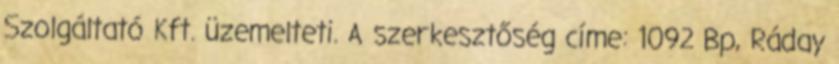
Szolgáltató Kft. üzemelteti. A szerkesztőség címe: 1092 Bp, Ráday